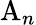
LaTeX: \mathrm{A}_{n}